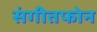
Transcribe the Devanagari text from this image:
संगीतफोन